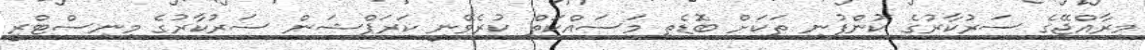
މިރާއްޖޭގެ ސަރުކާރުގެ ކުންފުނި ތަކަށް ބޮޑެތި މަސައްކަތް ކުރެވޭނީ ކަރަޕްޝަން ސަރުކާރުގެ މިނިސްޓްރީ